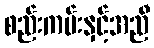
စည်းကမ်းနှင့်အညီ